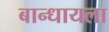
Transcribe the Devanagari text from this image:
बान्धायला